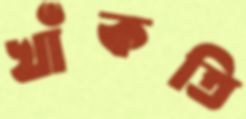
খাঁকতি